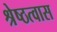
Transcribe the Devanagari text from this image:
श्रेष्ठत्वास